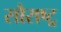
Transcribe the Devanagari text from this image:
सौराष्ट्र्